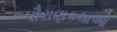
પૌરાણકથાઓ